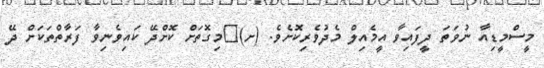
މީސްމީޑިއާ ނުވަތަ ދީފައިވާ އީމެއިލް މެދުވެރިކޮށެވެ. (ށ)	މިގޮތަށް ކޮށްދޭ ކައިވެނިވާ ފަރާތްތަކަށް ދޭ